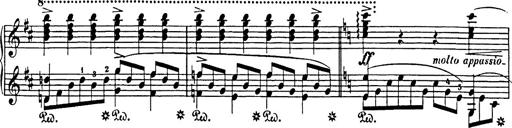
Title: Impromptu
Composer: JosÃ© MarÃ­a Usandizaga
Key: A major